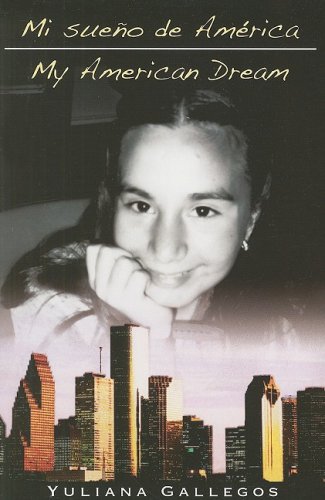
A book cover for Mi Sueno de America/My American Dream (Spanish Edition); Yuliana Gallegos; Children's Books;